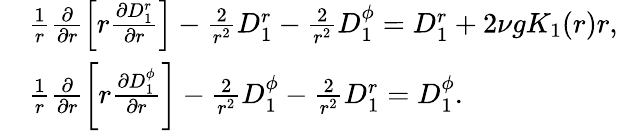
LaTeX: \begin{array}{rl}&{\frac{1}{r}\frac{\partial}{\partial r}\left[r\frac{\partial D_{1}^{r}}{\partial r}\right]-\frac{2}{r^{2}}D_{1}^{r}-\frac{2}{r^{2}}D_{1}^{\phi}=D_{1}^{r}+2\nu gK_{1}(r)r,}\\ &{\frac{1}{r}\frac{\partial}{\partial r}\left[r\frac{\partial D_{1}^{\phi}}{\partial r}\right]-\frac{2}{r^{2}}D_{1}^{\phi}-\frac{2}{r^{2}}D_{1}^{r}=D_{1}^{\phi}.}\end{array}